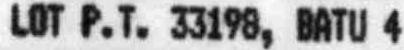
LOT P.T. 33198, BATU 4